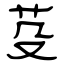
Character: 芟